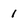
Character: i